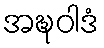
အဍ္ဎဝါဒံ